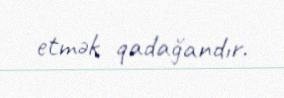
etmək qadağandır.